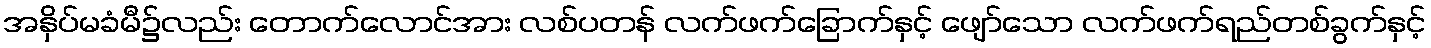
အနှိပ်မခံမီ၌လည်း တောက်လောင်အား လစ်ပတန် လက်ဖက်ခြောက်နှင့် ဖျော်သော လက်ဖက်ရည်တစ်ခွက်နှင့်